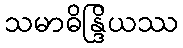
သမာဓိန္ဒြိယဿ